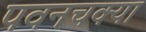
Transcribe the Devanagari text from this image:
पवनचक्या